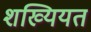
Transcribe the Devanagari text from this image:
शख्यियत